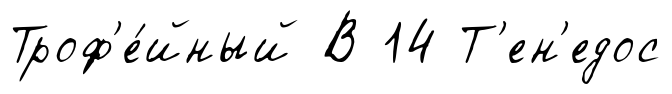
Троф'е́йный В 14 Т'ен'едос